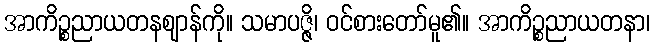
အာကိဉ္စညာယတနဈာန်ကို။ သမာပဇ္ဇိ၊ ဝင်စားတော်မူ၏။ အာကိဉ္စညာယတနာ၊